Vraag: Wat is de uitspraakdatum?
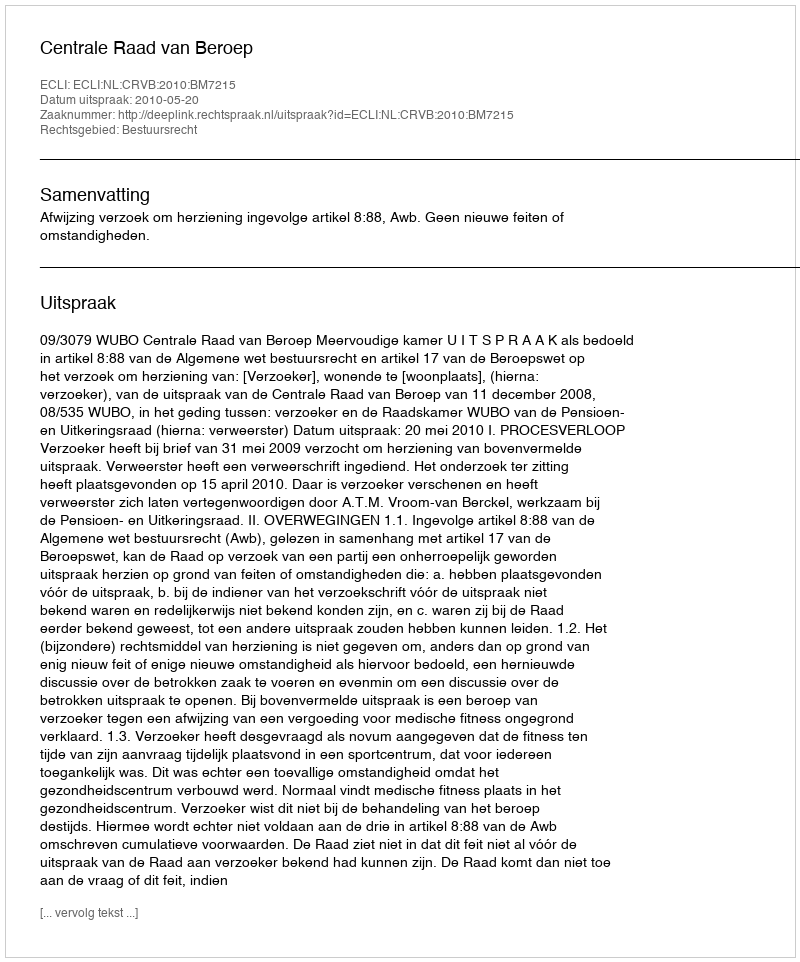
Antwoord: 2010-05-20